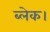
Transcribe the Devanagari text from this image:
ब्लेक।